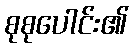
စုစုပေါင်း၏